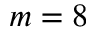
m = 8